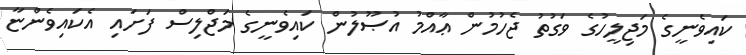
ކައިވެނީގެ މަޖިލީހުގެ ވަގުތު ޖެހުމުން ޢާއްމު އުޞޫލުން ކައިވެނީގެ މަޖްލިސް ފަށައި އެކައިވެންޏާ